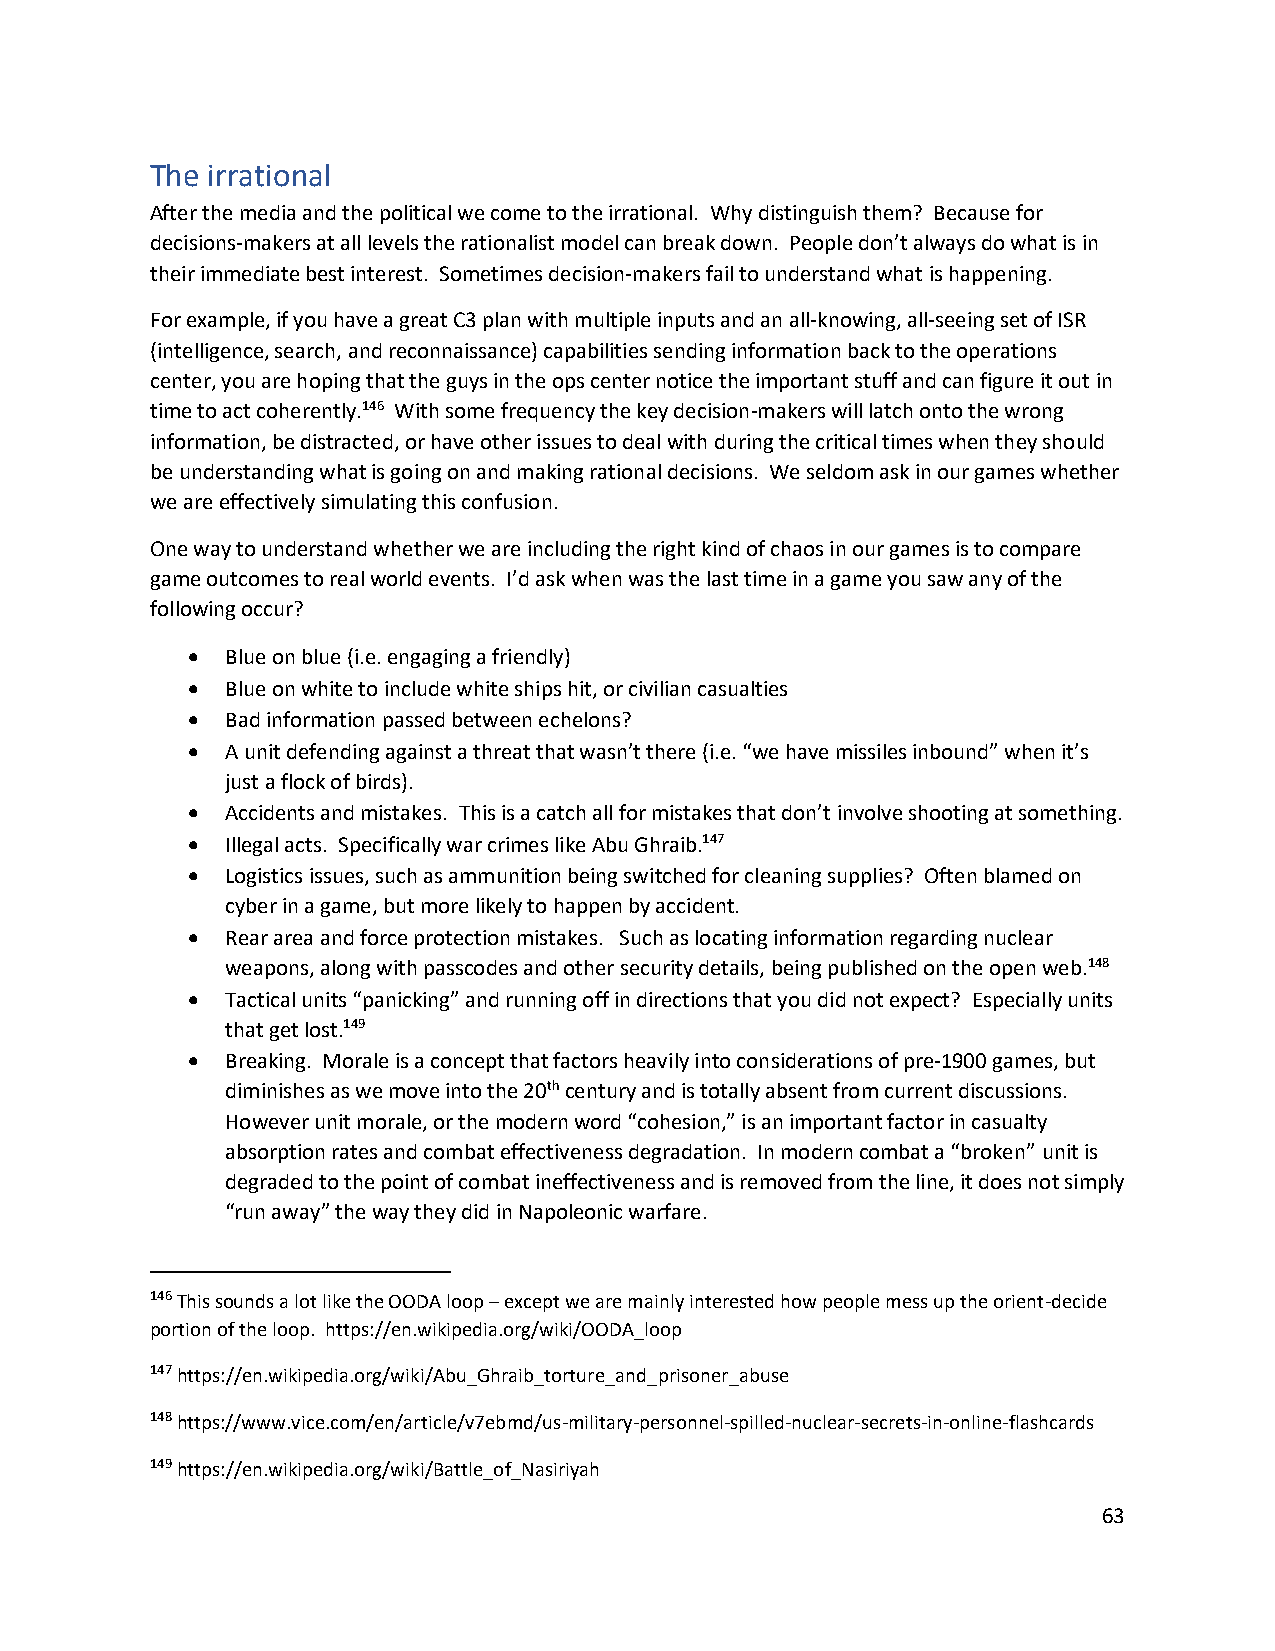
The irrational
 After the media and the political we come to the irrational. Why distinguish them? Because for
 decisions-makers at all levels the rationalist model can break down. People don’t always do what is in
 their immediate best interest. Sometimes decision-makers fail to understand what is happening.
 For example, if you have a great C3 plan with multiple inputs and an all-knowing, all-seeing set of ISR
 (intelligence, search, and reconnaissance) capabilities sending information back to the operations
 center, you are hoping that the guys in the ops center notice the important stuff and can figure it out in
 time to act coherently.146 With some frequency the key decision-makers will latch onto the wrong
 information, be distracted, or have other issues to deal with during the critical times when they should
 be understanding what is going on and making rational decisions. We seldom ask in our games whether
 we are effectively simulating this confusion.
 One way to understand whether we are including the right kind of chaos in our games is to compare
 game outcomes to real world events. I’d ask when was the last time in a game you saw any of the
 following occur?
 •  Blue on blue (i.e. engaging a friendly)
 •  Blue on white to include white ships hit, or civilian casualties
 •  Bad information passed between echelons?
 •  A unit defending against a threat that wasn’t there (i.e. “we have missiles inbound” when it’s
 just a flock of birds).
 •  Accidents and mistakes. This is a catch all for mistakes that don’t involve shooting at something.
 •  Illegal acts. Specifically war crimes like Abu Ghraib.147
 •  Logistics issues, such as ammunition being switched for cleaning supplies? Often blamed on
 cyber in a game, but more likely to happen by accident.
 •  Rear area and force protection mistakes. Such as locating information regarding nuclear
 weapons, along with passcodes and other security details, being published on the open web.148
 •  Tactical units “panicking” and running off in directions that you did not expect? Especially units
 that get lost.149
 •  Breaking. Morale is a concept that factors heavily into considerations of pre-1900 games, but
 diminishes as we move into the 20th century and is totally absent from current discussions.
 However unit morale, or the modern word “cohesion,” is an important factor in casualty
 absorption rates and combat effectiveness degradation. In modern combat a “broken” unit is
 degraded to the point of combat ineffectiveness and is removed from the line, it does not simply
 “run away” the way they did in Napoleonic warfare.
 146 This sounds a lot like the OODA loop – except we are mainly interested how people mess up the orient-decide
 portion of the loop. https://en.wikipedia.org/wiki/OODA_loop
 147 https://en.wikipedia.org/wiki/Abu_Ghraib_torture_and_prisoner_abuse
 148 https://www.vice.com/en/article/v7ebmd/us-military-personnel-spilled-nuclear-secrets-in-online-flashcards
 149 https://en.wikipedia.org/wiki/Battle_of_Nasiriyah
 63